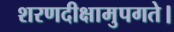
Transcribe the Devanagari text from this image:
शरणदीक्षामुपगते।